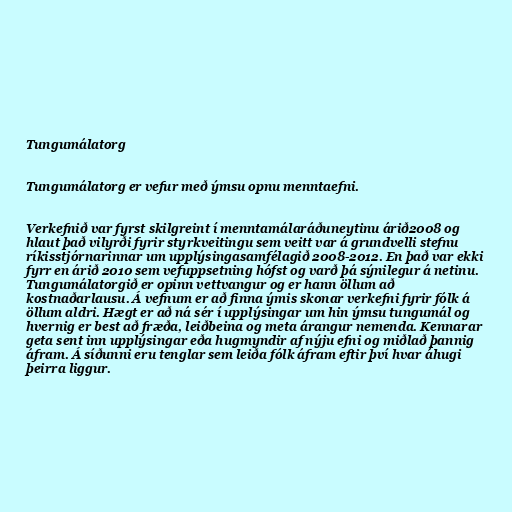
Tungumálatorg

Tungumálatorg er vefur með ýmsu opnu menntaefni.

Verkefnið var fyrst skilgreint í menntamálaráðuneytinu árið2008 og
hlaut það vilyrði fyrir styrkveitingu sem veitt var á grundvelli stefnu
ríkisstjórnarinnar um upplýsingasamfélagið 2008-2012. En það var ekki
fyrr en árið 2010 sem vefuppsetning hófst og varð þá sýnilegur á netinu.
Tungumálatorgið er opinn vettvangur og er hann öllum að
kostnaðarlausu. Á vefnum er að finna ýmis skonar verkefni fyrir fólk á
öllum aldri. Hægt er að ná sér í upplýsingar um hin ýmsu tungumál og
hvernig er best að fræða, leiðbeina og meta árangur nemenda. Kennarar
geta sent inn upplýsingar eða hugmyndir af nýju efni og miðlað þannig
áfram. Á síðunni eru tenglar sem leiða fólk áfram eftir því hvar áhugi
þeirra liggur.